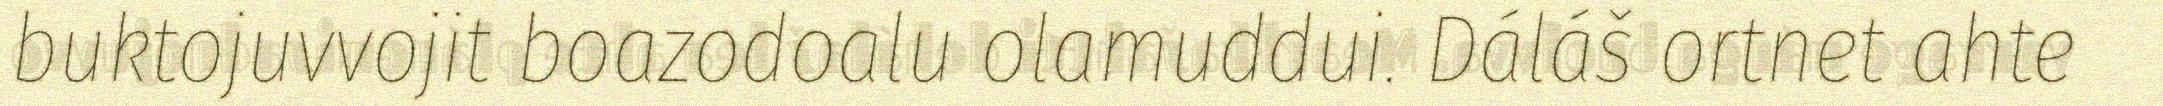
buktojuvvojit boazodoalu olamuddui. Dáláš ortnet ahte